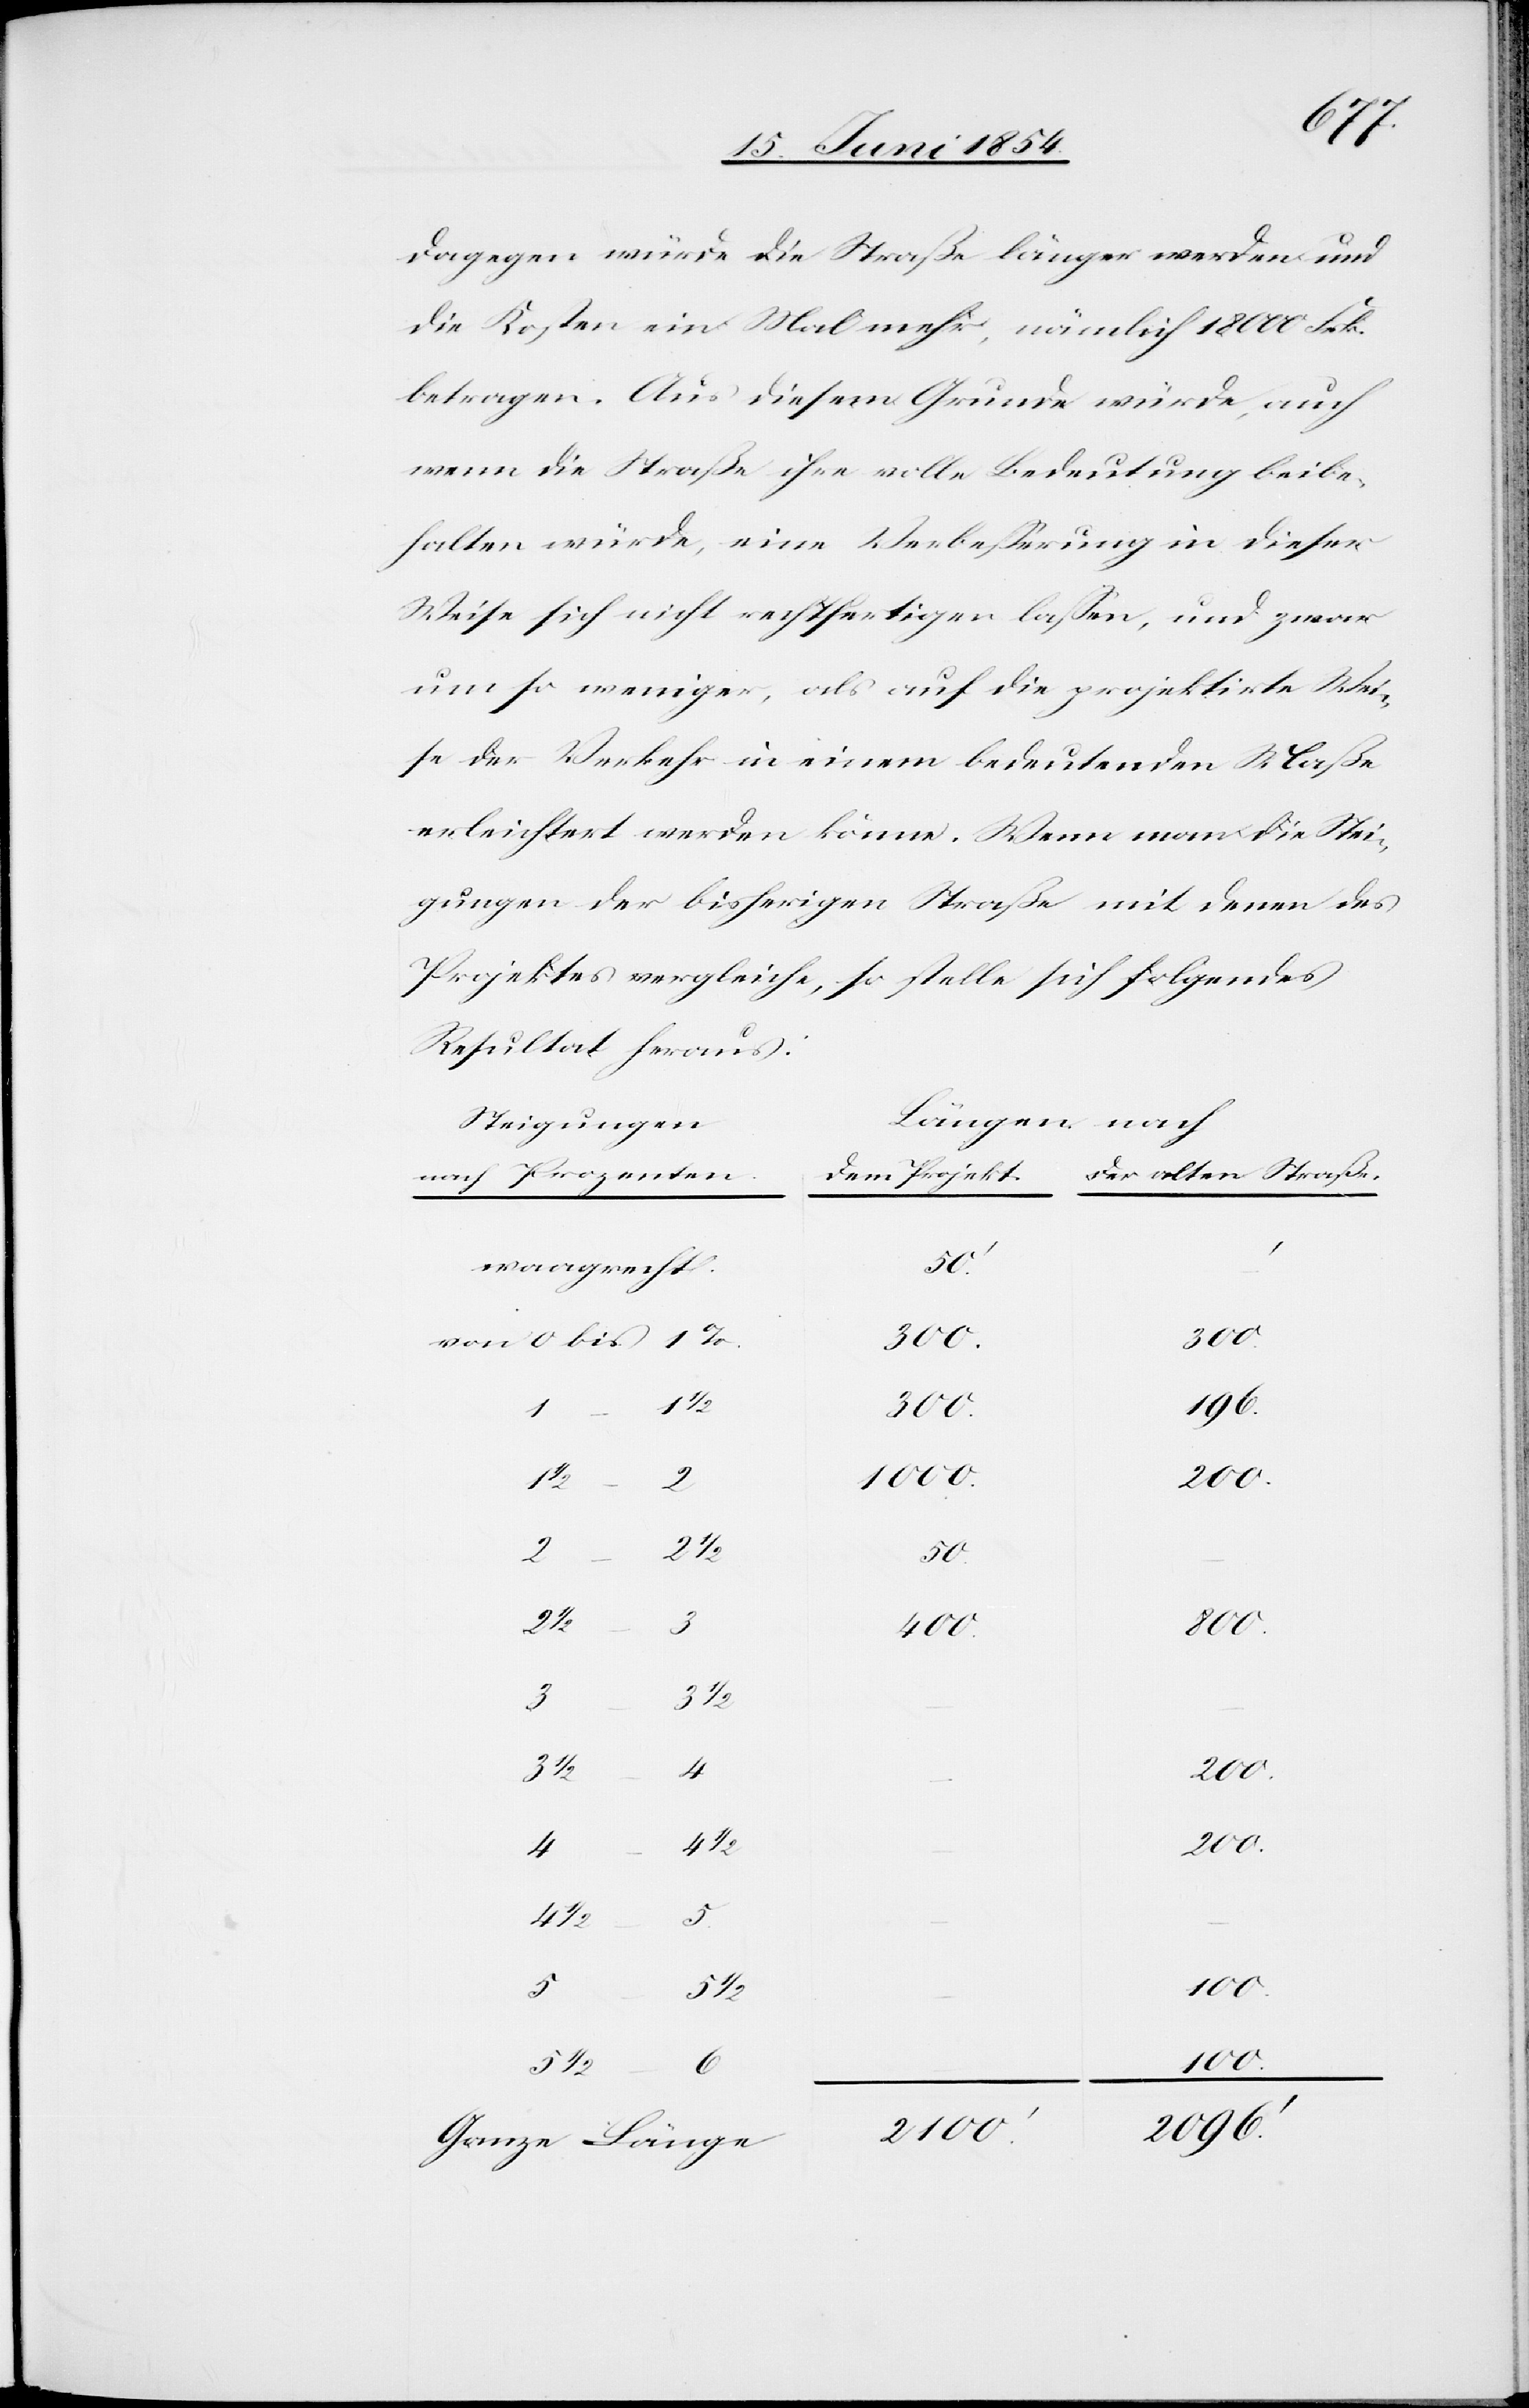
dagegen würde die Straße länger werden und
die Kosten ein Mal mehr, nämlich 1800 Frk.
betragen. Aus diesem Grunde würde, auch
wenn die Straße ihre volle Bedeutung beibe¬
halten würde, eine Verbeßerung in dieser
Weise sich nicht rechtfertigen laßen, und zwar
um so weniger, als auf die projektirte Wei¬
se der Verkehr in einem bedeutenden Maße
erleichtert werden könne. Wenn man die Stei¬
gungen der bisherigen Straße mit denen des
Projektes vergleiche, so stelle sich folgendes
Resultat heraus:
Längen nach
Steigungen
der alten Straße.
nach Prozenten.
dem Projekt.
waagrecht.
50.‘
von 0 bis 1
100.
5 1/2
196.
2096.‘
–
2100.‘
1000.
2
50.
3 –
5
1/2
4
–
4 1/2
3
Ganze Länge